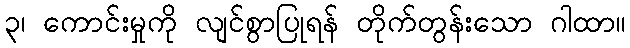
၃၊ ကောင်းမှုကို လျင်စွာပြုရန် တိုက်တွန်းသော ဂါထာ။